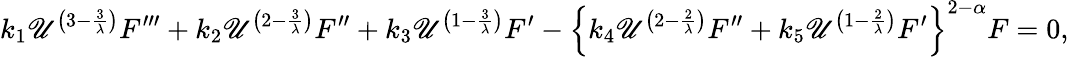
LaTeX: k_{1}\mathscr{U}^{\left(3-\frac{{3}}{{\lambda}}\right)}F^{\prime\prime\prime}+k_{2}\mathscr{U}^{\left(2-\frac{{3}}{{\lambda}}\right)}F^{\prime\prime}+k_{3}\mathscr{U}^{\left(1-\frac{{3}}{{\lambda}}\right)}F^{\prime}-\left\{ k_{4}\mathscr{U}^{\left(2-\frac{{2}}{{\lambda}}\right)}F^{\prime\prime}+k_{5}\mathscr{U}^{\left(1-\frac{{2}}{{\lambda}}\right)}F^{\prime}\right\} ^{2-\alpha}F=0,